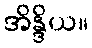
အိန္ဒိယ။